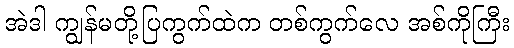
အဲဒါ ကျွန်မတို့ပြကွက်ထဲက တစ်ကွက်လေ အစ်ကိုကြီး